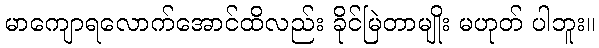
မာကျောရလောက်အောင်ထိလည်း ခိုင်မြဲတာမျိုး မဟုတ် ပါဘူး။